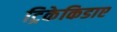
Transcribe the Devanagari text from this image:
ट्रिकेकिडाए